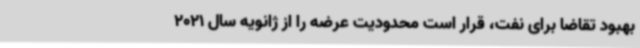
بهبود تقاضا برای نفت، قرار است محدودیت عرضه را از ژانویه سال 2021